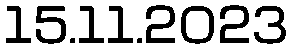
15.11.2023